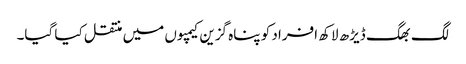
لگ بھگ ڈیڑھ لاکھ افراد کو پناہ گزین کیمپوں میں منتقل کیا گیا۔